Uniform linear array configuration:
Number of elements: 16
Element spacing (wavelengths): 1
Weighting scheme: uniform
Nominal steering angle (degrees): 0
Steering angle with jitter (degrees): -1.951
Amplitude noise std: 0.05
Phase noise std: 0.05

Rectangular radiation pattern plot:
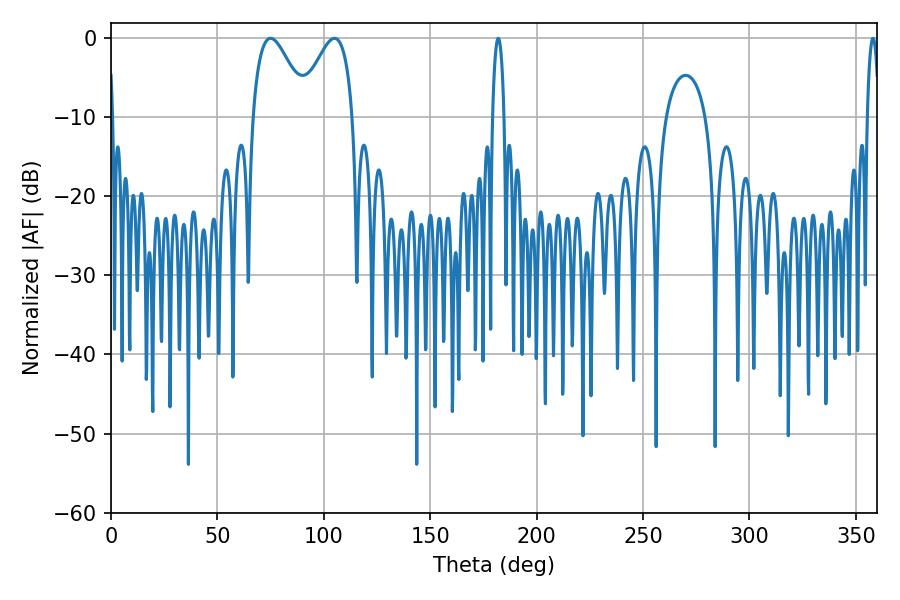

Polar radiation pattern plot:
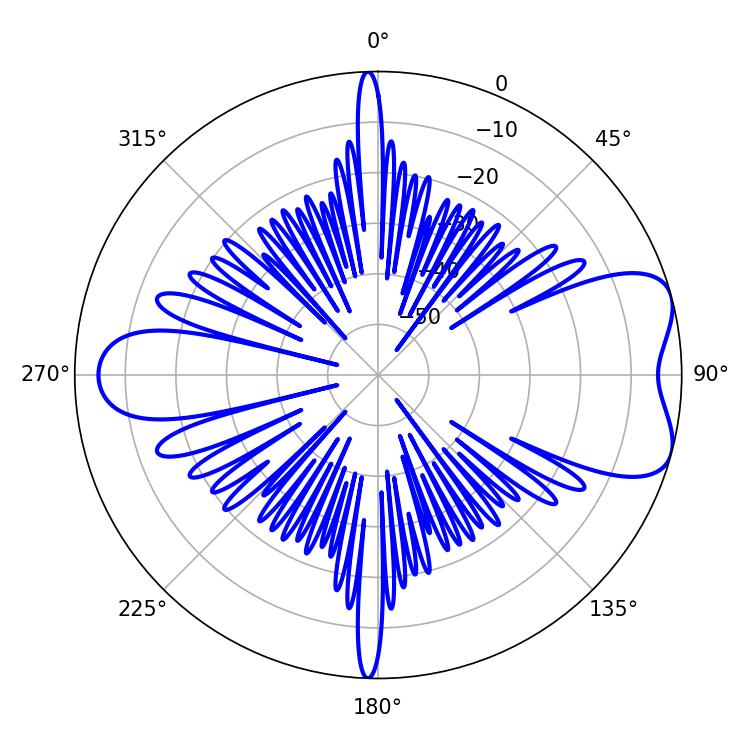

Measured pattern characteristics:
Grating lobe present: TRUE
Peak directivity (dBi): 7.003
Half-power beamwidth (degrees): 13.68
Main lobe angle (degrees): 75.06